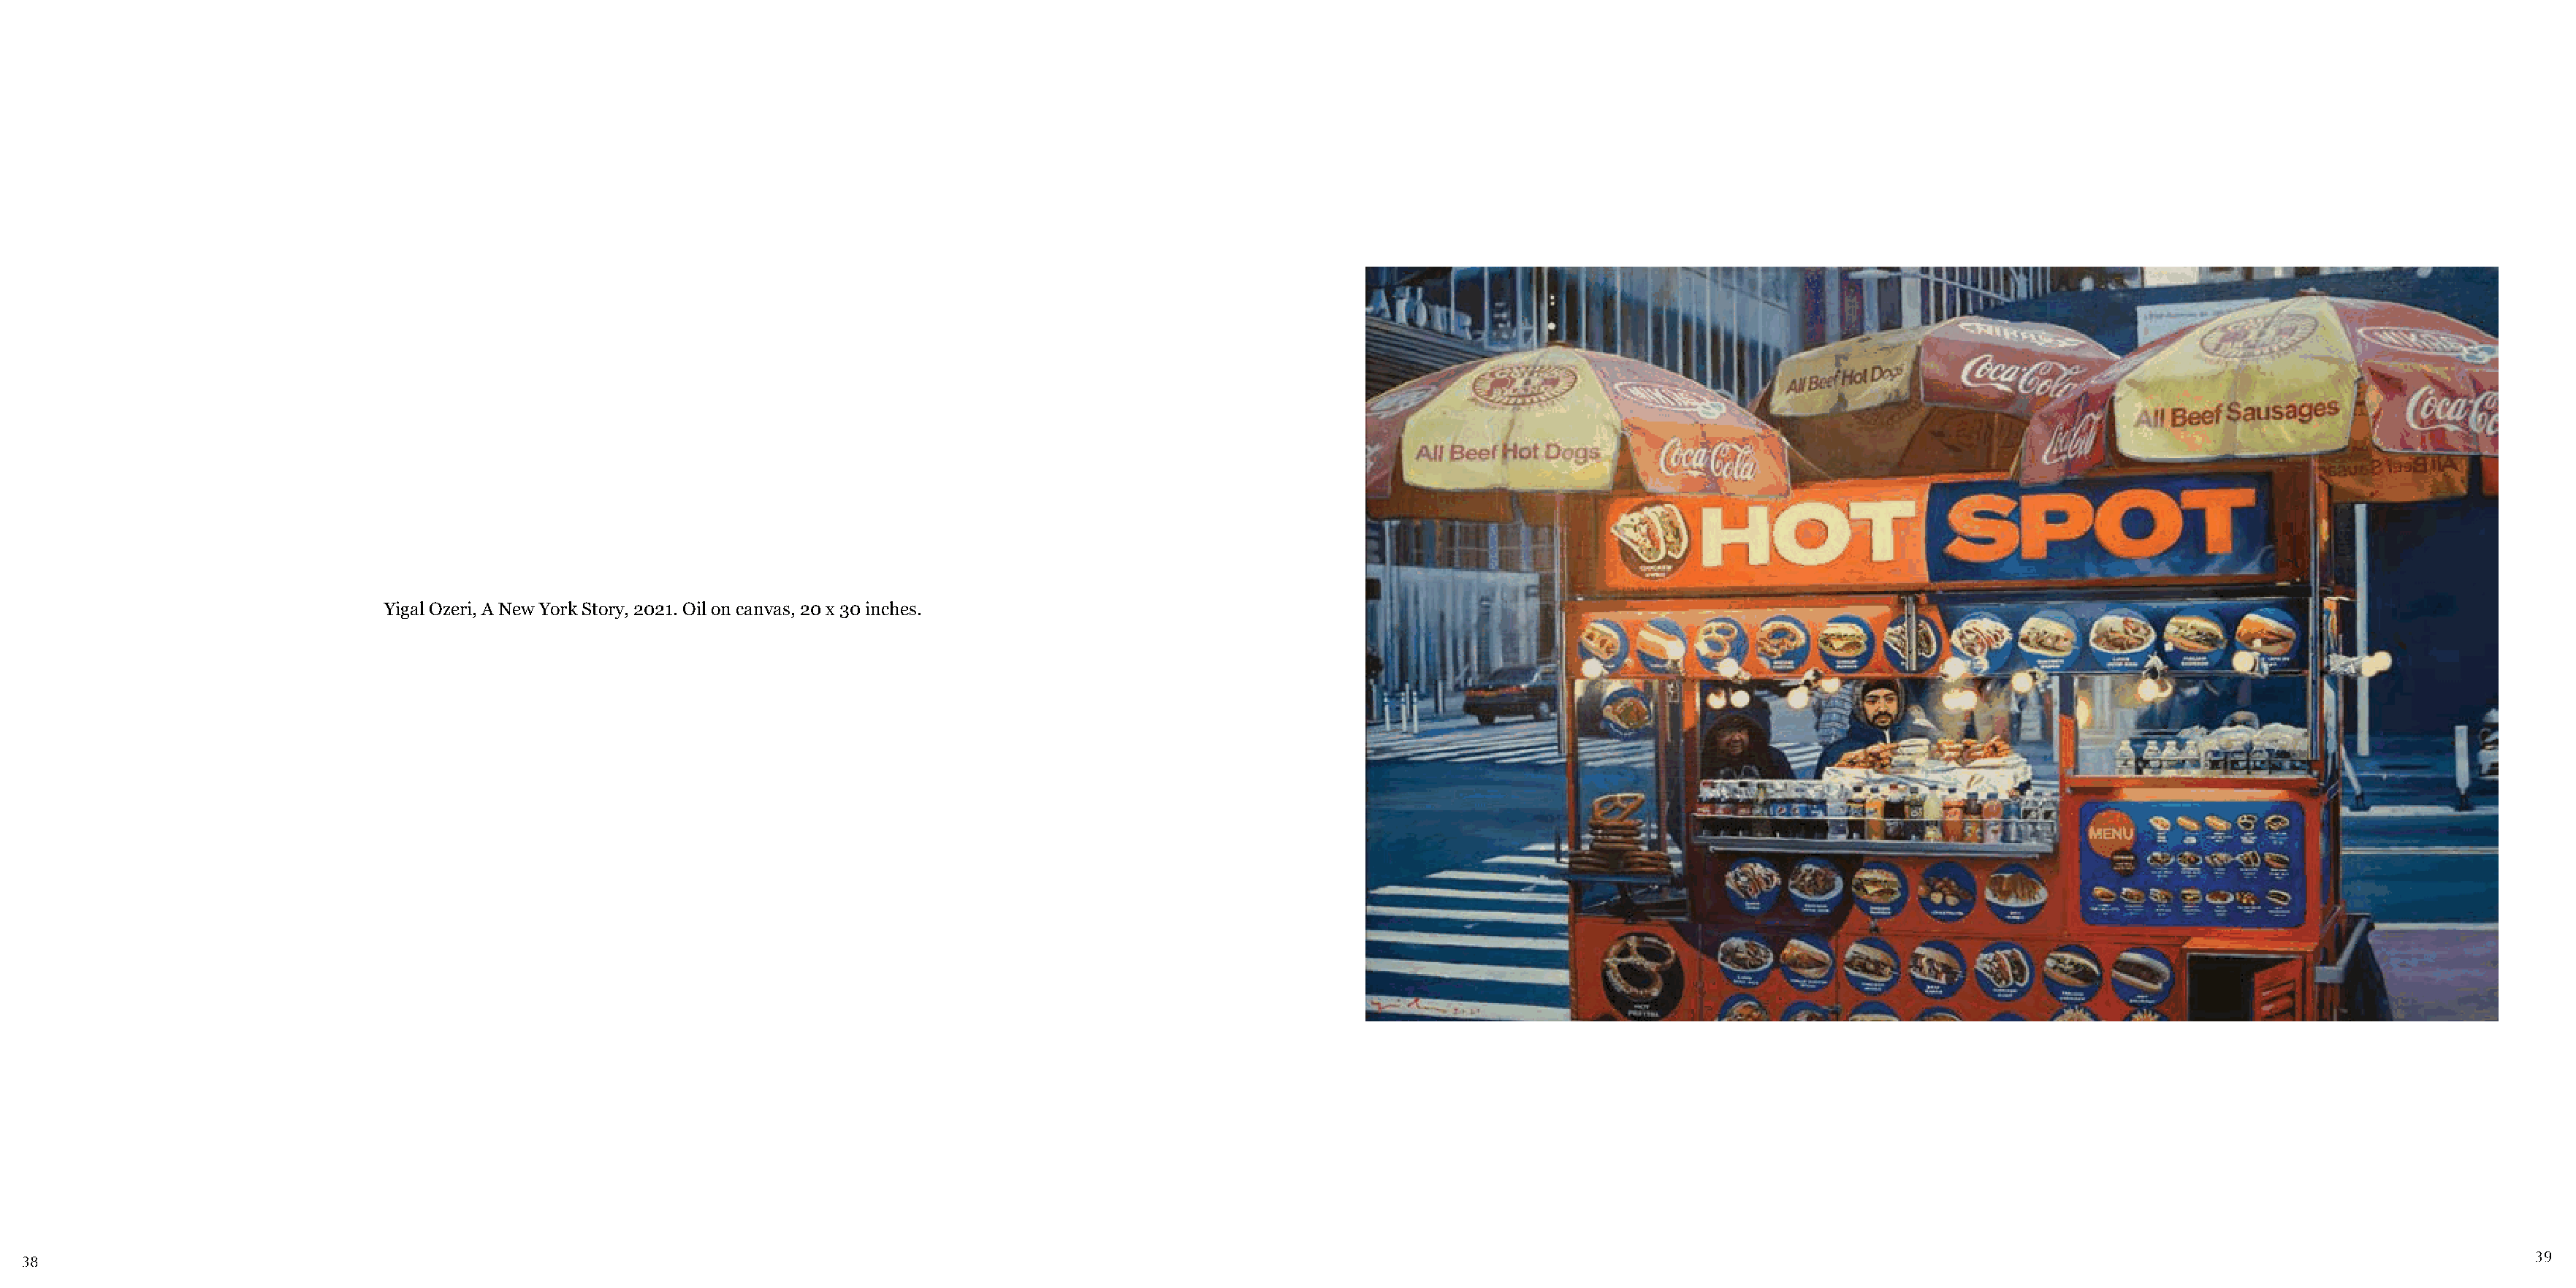
Yigal Ozeri, A New York Story, 2021. Oil on canvas, 20 x 30 inches.
 38                                                                                                                                                                                                                                  39